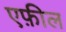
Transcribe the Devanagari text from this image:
एफ़ील